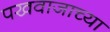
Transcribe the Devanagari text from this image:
पखवाजाच्या